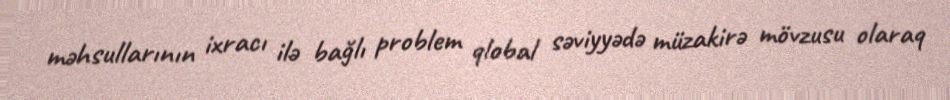
məhsullarının ixracı ilə bağlı problem qlobal səviyyədə müzakirə mövzusu olaraq